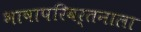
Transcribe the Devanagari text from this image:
भाषापरिवर्तनाला